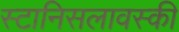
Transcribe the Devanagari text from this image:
स्टानिसलावस्की